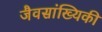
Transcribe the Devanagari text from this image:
जैवसांख्‍यिकी